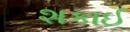
શકાઈ